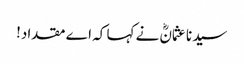
سیدنا عثمانؓ نے کہا کہ اے مقداد!